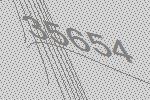
35654